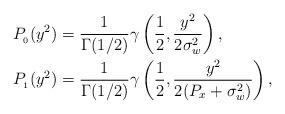
LaTeX: \begin{align*}P_{_0}(y^2) &= \frac{1}{\Gamma(1/2)}\gamma\left(\frac{1}{2}, \frac{y^2}{2 \sigma_w^2}\right),\\P_{_1}(y^2) &= \frac{1}{\Gamma(1/2)}\gamma\left(\frac{1}{2}, \frac{y^2}{2(P_x+\sigma_w^2)}\right), \end{align*}